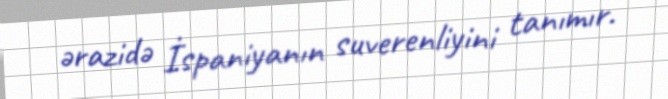
ərazidə İspaniyanın suverenliyini tanımır.